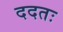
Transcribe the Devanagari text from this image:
ददतः